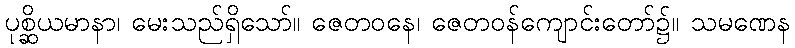
ပုစ္ဆိယမာနာ၊ မေးသည်ရှိသော်။ ဇေတဝနေ၊ ဇေတဝန်ကျောင်းတော်၌။ သမဏေန